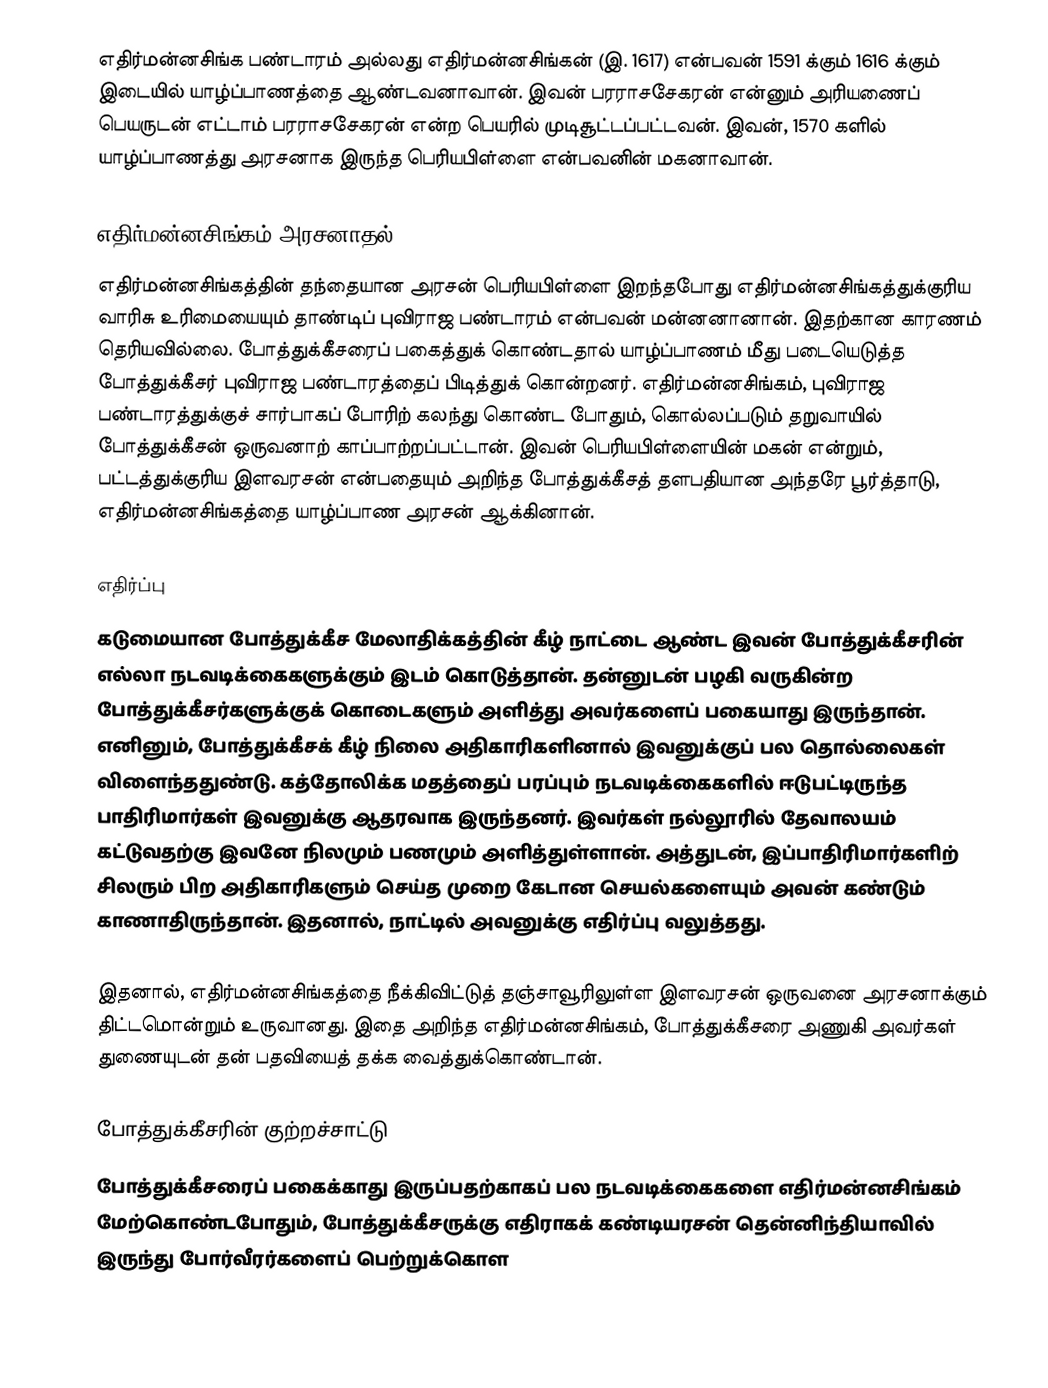
எதிர்மன்னசிங்க பண்டாரம் அல்லது எதிர்மன்னசிங்கன் (இ. 1617) என்பவன் 1591 க்கும் 1616 க்கும் இடையில் யாழ்ப்பாணத்தை ஆண்டவனாவான். இவன் பரராசசேகரன் என்னும் அரியணைப் பெயருடன் எட்டாம் பரராசசேகரன் என்ற பெயரில் முடிசூட்டப்பட்டவன். இவன், 1570 களில் யாழ்ப்பாணத்து அரசனாக இருந்த பெரியபிள்ளை என்பவனின் மகனாவான்.

எதிர்மன்னசிங்கம் அரசனாதல்
எதிர்மன்னசிங்கத்தின் தந்தையான அரசன் பெரியபிள்ளை இறந்தபோது எதிர்மன்னசிங்கத்துக்குரிய வாரிசு உரிமையையும் தாண்டிப் புவிராஜ பண்டாரம் என்பவன் மன்னனானான். இதற்கான காரணம் தெரியவில்லை. போத்துக்கீசரைப் பகைத்துக் கொண்டதால் யாழ்ப்பாணம் மீது படையெடுத்த போத்துக்கீசர் புவிராஜ பண்டாரத்தைப் பிடித்துக் கொன்றனர். எதிர்மன்னசிங்கம், புவிராஜ பண்டாரத்துக்குச் சார்பாகப் போரிற் கலந்து கொண்ட போதும், கொல்லப்படும் தறுவாயில் போத்துக்கீசன் ஒருவனாற் காப்பாற்றப்பட்டான். இவன் பெரியபிள்ளையின் மகன் என்றும், பட்டத்துக்குரிய இளவரசன் என்பதையும் அறிந்த போத்துக்கீசத் தளபதியான அந்தரே பூர்த்தாடு, எதிர்மன்னசிங்கத்தை யாழ்ப்பாண அரசன் ஆக்கினான்.

எதிர்ப்பு
கடுமையான போத்துக்கீச மேலாதிக்கத்தின் கீழ் நாட்டை ஆண்ட இவன் போத்துக்கீசரின் எல்லா நடவடிக்கைகளுக்கும் இடம் கொடுத்தான். தன்னுடன் பழகி வருகின்ற போத்துக்கீசர்களுக்குக் கொடைகளும் அளித்து அவர்களைப் பகையாது இருந்தான். எனினும், போத்துக்கீசக் கீழ் நிலை அதிகாரிகளினால் இவனுக்குப் பல தொல்லைகள் விளைந்ததுண்டு. கத்தோலிக்க மதத்தைப் பரப்பும் நடவடிக்கைகளில் ஈடுபட்டிருந்த பாதிரிமார்கள் இவனுக்கு ஆதரவாக இருந்தனர். இவர்கள் நல்லூரில் தேவாலயம் கட்டுவதற்கு இவனே நிலமும் பணமும் அளித்துள்ளான். அத்துடன், இப்பாதிரிமார்களிற் சிலரும் பிற அதிகாரிகளும் செய்த முறை கேடான செயல்களையும் அவன் கண்டும் காணாதிருந்தான். இதனால், நாட்டில் அவனுக்கு எதிர்ப்பு வலுத்தது.

இதனால், எதிர்மன்னசிங்கத்தை நீக்கிவிட்டுத் தஞ்சாவூரிலுள்ள இளவரசன் ஒருவனை அரசனாக்கும் திட்டமொன்றும் உருவானது. இதை அறிந்த எதிர்மன்னசிங்கம், போத்துக்கீசரை அணுகி அவர்கள் துணையுடன் தன் பதவியைத் தக்க வைத்துக்கொண்டான்.

போத்துக்கீசரின் குற்றச்சாட்டு
போத்துக்கீசரைப் பகைக்காது இருப்பதற்காகப் பல நடவடிக்கைகளை எதிர்மன்னசிங்கம் மேற்கொண்டபோதும், போத்துக்கீசருக்கு எதிராகக் கண்டியரசன் தென்னிந்தியாவில் இருந்து போர்வீரர்களைப் பெற்றுக்கொள